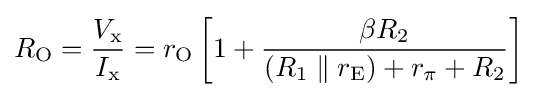
R_{\text{O}}={\frac {V_{\text{x}}}{I_{\text{x}}}}=r_{\text{O}}\left[1+{\frac {\beta R_{2}}{(R_{1}\parallel r_{\text{E}})+r_{\pi }+R_{2}}}\right]